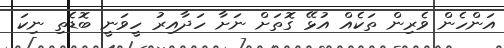
އަންހެން ވެރިން ތަކެއް އުޅޭ ގޮތަށް ނަށާ ހަދާއިރު ހީވަނީ ބޮޑެތި ނިކަ